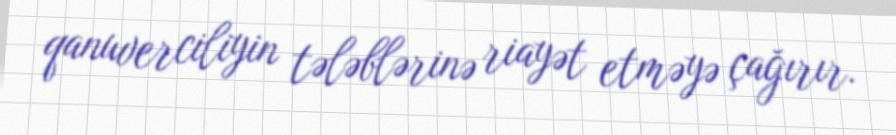
qanuverciliyin tələblərinə riayət etməyə çağırır.